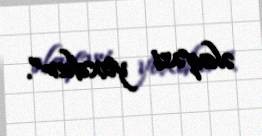
əlaqəsi yoxdur”.